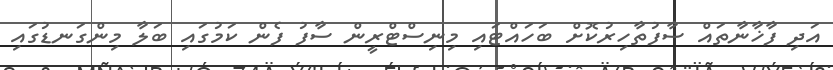
އަދި ފާޚާނާތައް ސާފުތާހިރުކޮށް ބަހައްޓައި މިނިސްޓްރީން ސާފު ފެން ކަމުގައި ބަލާ މިންގަނޑުގައި